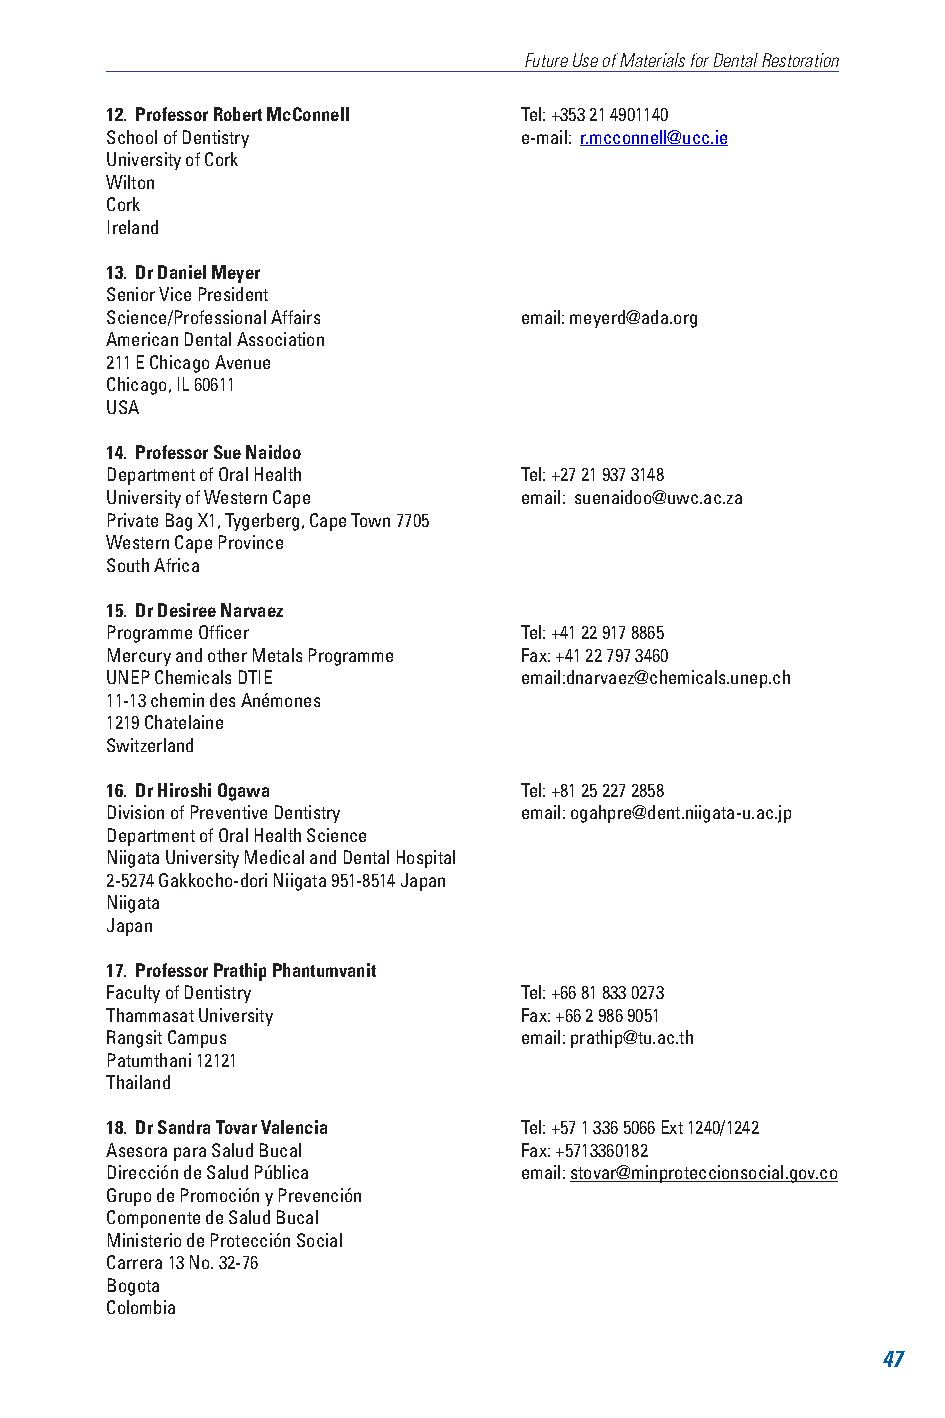
Future Use of Materials for Dental Restoration
 12. Professor Robert McConnell Tel: +353 21 4901140
 School of Dentistry        e-mail: r.mcconnell@ucc.ie
 University of Cork
 Wilton
 Cork
 Ireland
 13. Dr Daniel Meyer
 Senior Vice President
 Science/Professional Affairs email: meyerd@ada.org
 American Dental Association
 211 E Chicago Avenue
 Chicago, IL 60611
 USA
 14. Professor Sue Naidoo
 Department of Oral Health  Tel: +27 21 937 3148
 University of Western Cape email: suenaidoo@uwc.ac.za
 Private Bag X1, Tygerberg, Cape Town 7705
 Western Cape Province
 South Africa
 15. Dr Desiree Narvaez
 Programme Officer          Tel: +41 22 917 8865
 Mercury and other Metals Programme Fax: +41 22 797 3460
 UNEP Chemicals DTIE        email:dnarvaez@chemicals.unep.ch
 11-13 chemin des Anémones
 1219 Chatelaine
 Switzerland
 16. Dr Hiroshi Ogawa       Tel: +81 25 227 2858
 Division of Preventive Dentistry email: ogahpre@dent.niigata-u.ac.jp
 Department of Oral Health Science
 Niigata University Medical and Dental Hospital
 2-5274 Gakkocho-dori Niigata 951-8514 Japan
 Niigata
 Japan
 17. Professor Prathip Phantumvanit
 Faculty of Dentistry       Tel: +66 81 833 0273
 Thammasat University       Fax: +66 2 986 9051
 Rangsit Campus             email: prathip@tu.ac.th
 Patumthani 12121
 Thailand
 18. Dr Sandra Tovar Valencia Tel: +57 1 336 5066 Ext 1240/1242
 Asesora para Salud Bucal   Fax: +5713360182
 Dirección de Salud Pública email: stovar@minproteccionsocial.gov.co
 Grupo de Promoción y Prevención
 Componente de Salud Bucal
 Ministerio de Protección Social
 Carrera 13 No. 32-76
 Bogota
 Colombia
 47